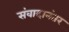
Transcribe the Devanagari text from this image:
संवादानंतर